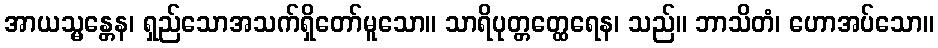
အာယသ္မန္တေန၊ ရှည်သောအသက်ရှိတော်မူသော။ သာရိပုတ္တတ္ထေရေန၊ သည်။ ဘာသိတံ၊ ဟောအပ်သော။